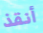
أنقذ